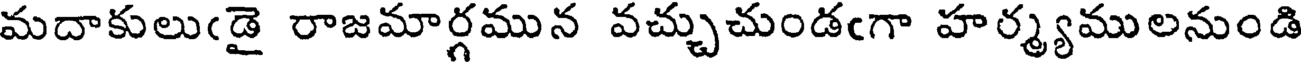
మదాకులుఁడై రాజమార్గమున వచ్చుచుండఁగా హర్మ్యములనుండి